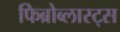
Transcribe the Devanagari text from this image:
फिब्रोब्लास्ट्स